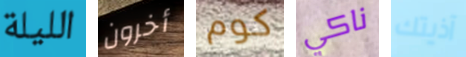
الليلة أخرون كوم ناكي آذيتك